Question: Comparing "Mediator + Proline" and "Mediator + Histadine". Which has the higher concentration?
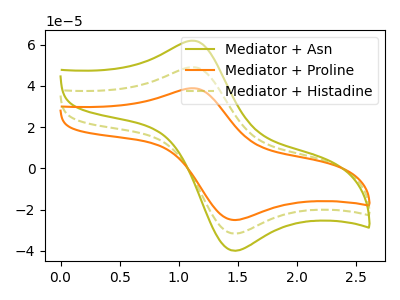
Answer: <think>The olive curve "Mediator + Asn" has an anodic peak at (1.10V, 98.10uA) and a cathodic peak at (1.45V, -63.25uA). The orange curve "Mediator + Proline" has an anodic peak at (1.10V, 38.85uA) and a cathodic peak at (1.45V, -25.05uA). The olive dashed curve "Mediator + Histadine" has an anodic peak at (1.10V, 49.05uA) and a cathodic peak at (1.45V, -31.65uA).
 All the peaks in "Mediator + Proline" have a peak in "Mediator + Histadine" at the same potential. Every peak in "Mediator + Proline" is lower than every peak in "Mediator + Histadine".</think>
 <answer>"Mediator + Proline" has less signal than "Mediator + Histadine" and so likely has a lower concentration.</answer>
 <eval>less_concentration</eval>